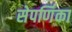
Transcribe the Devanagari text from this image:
सेपर्णिका